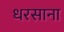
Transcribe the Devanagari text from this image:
धरसाना